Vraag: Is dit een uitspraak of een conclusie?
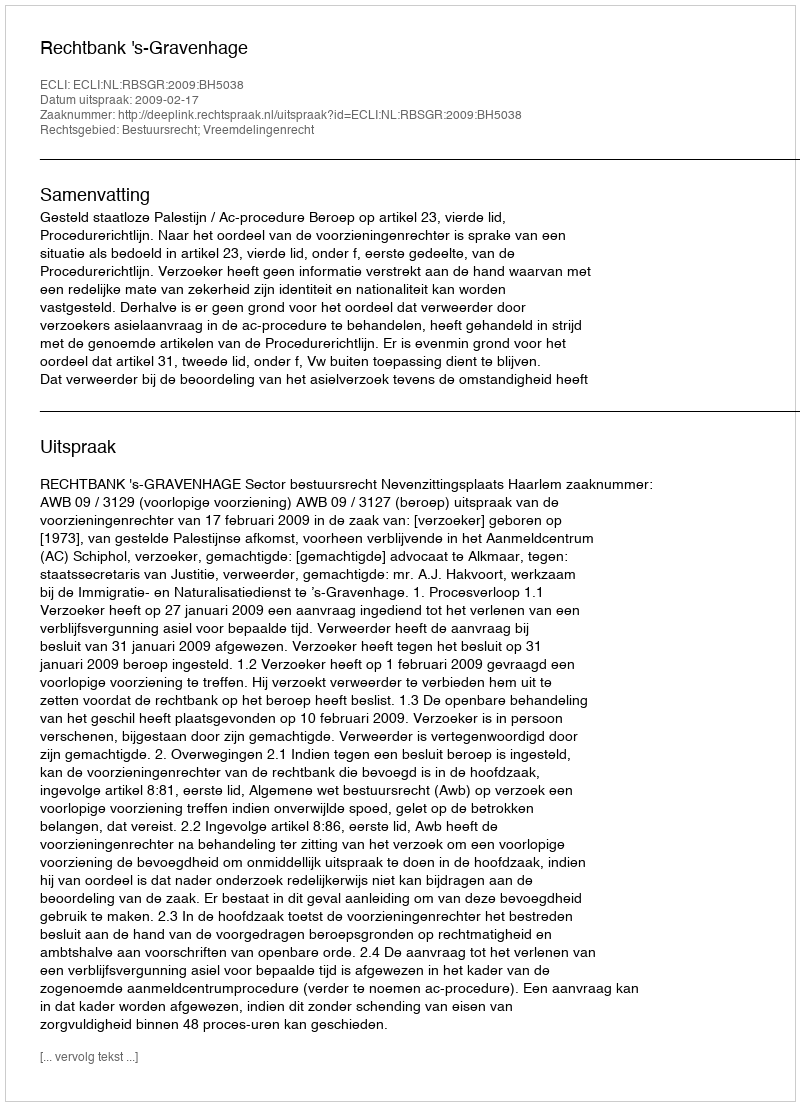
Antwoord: Uitspraak